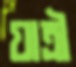
যাত্রী